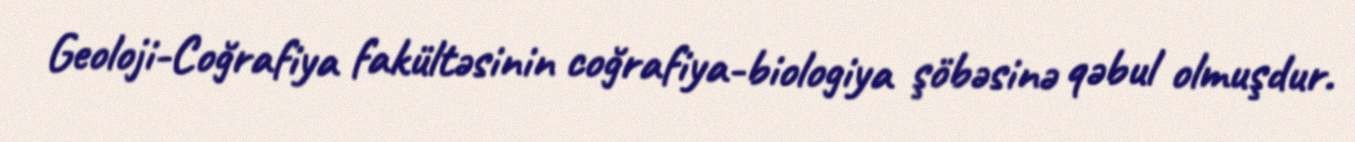
Geoloji-Coğrafiya fakültəsinin coğrafiya-biologiya şöbəsinə qəbul olmuşdur.